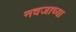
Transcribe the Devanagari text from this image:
नवजाच्या